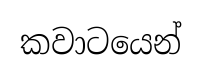
කවාටයෙන්